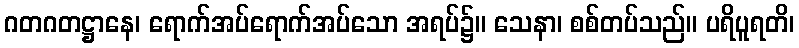
ဂတဂတဋ္ဌာနေ၊ ရောက်အပ်ရောက်အပ်သော အရပ်၌။ သေနာ၊ စစ်တပ်သည်။ ပရိပူရတိ၊